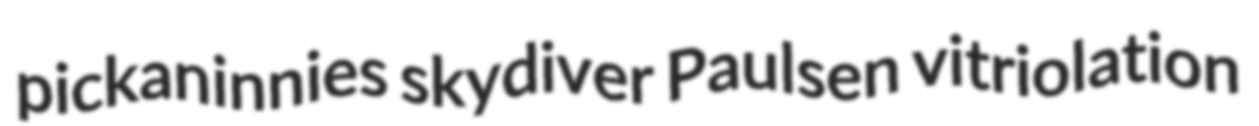
pickaninnies skydiver Paulsen vitriolation